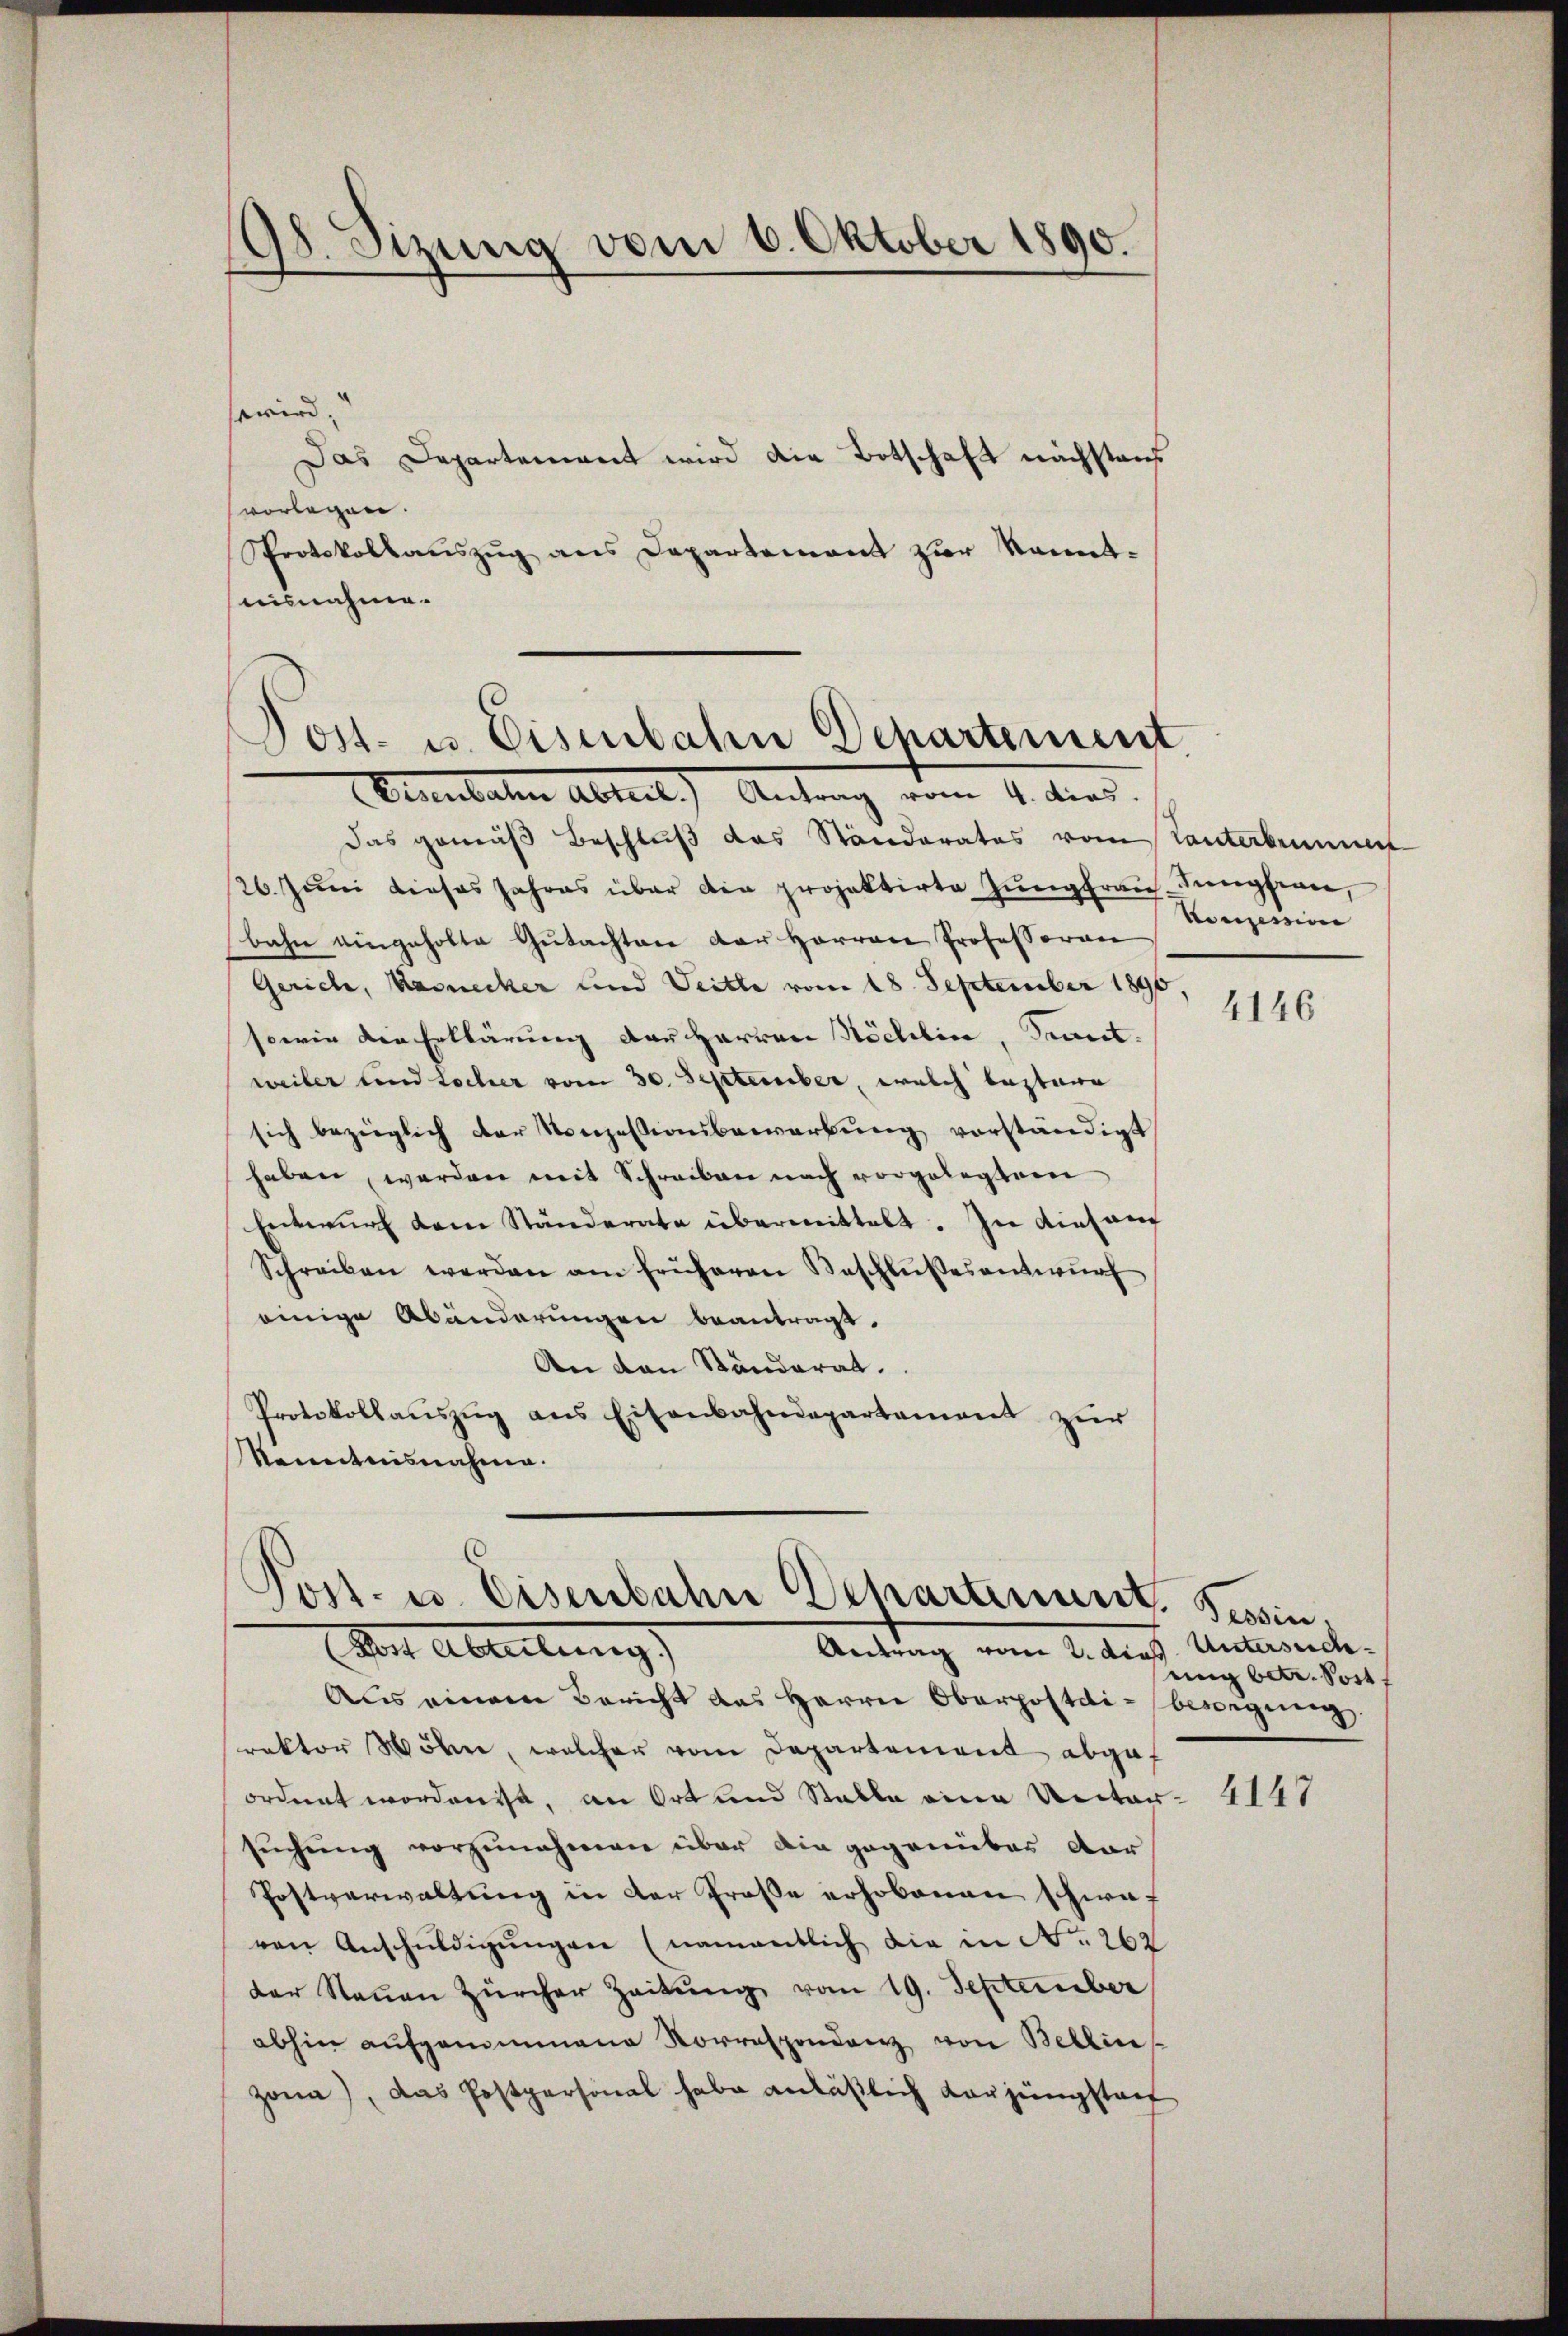
98. Sizung vom 6. Oktober 1890.

wwird.
Das Departement wird die Botschaft nachstand
vorlegen.
Sprotokollauszug aus Departement zur Kenntausnahme.

Das gemäß Beschluß das Ständerates vom Tanterbrunnen
26. Juni dieses Jahres über die projektirte Jŭngfrau Jungfern,
bahn eingeholte Gutachten der Herren Professoren
Gerich, Karnecker und Veitte vom 18. September 1890.
sowie die Erklärung der Herren Nächtlin, Simet.
weiler und Locher vom 30. September, welch bestare
sich bezüglich der Konzessionsbewerbŭng vorständigt
haben werden mit Schreiben nach vorgelegtem
Entwŭrf dem Ständerate übermittelt. In diesem
Schreiben werden am früheren Beschlŭβesantwŭrf
einige Abänderungen beantragt.
An den Ständerat.
Protokollaŭszŭg ans Eisenbahndepartament zŭr
Nauertnisnahme.

Post- u. Eisenbahn Dchartement
Plantaten Abteil) Antrag vom 4. dies

ost- u. Eisenbahn Departement.
Antrag vom 2. dies. Untersuch
Mit Abteilung

Conzession

4146

essin,
ung betr. Postf

Aus einem Bericht das Herrn Oberpostdi-bewegnen.
rektor Wöhn, welcher vom Departement abgeordnet worden ist, an Ort und Stalle eine Unter-
suchung vorzunehmen über die gegenüber dar
Postverwaltung in der Große erhobenen schwaf
ven Anschuldigŭngen (namentlich die in No 262
der Neuen Zürcher Zeitŭng vom 19. September
abhin aufgenommene Korrespondenz von Bellin
Zona), das Postpersonal habe anläßlich Karjüngstatt

4147